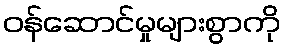
ဝန်ဆောင်မှုများစွာကို